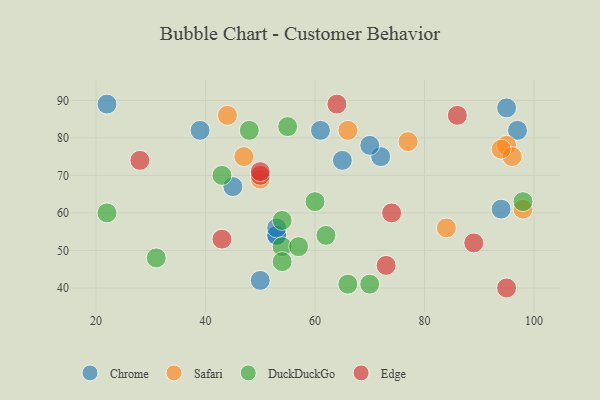
{"axis": {"x": "GDP", "y": "Life Expectancy"}, "legend": ["Chrome", "DuckDuckGo", "Edge", "Safari"], "data": [{"x": "53", "y": 54, "type": "Chrome"}, {"x": "39", "y": 82, "type": "Chrome"}, {"x": "72", "y": 75, "type": "Chrome"}, {"x": "65", "y": 74, "type": "Chrome"}, {"x": "94", "y": 61, "type": "Chrome"}, {"x": "22", "y": 89, "type": "Chrome"}, {"x": "61", "y": 82, "type": "Chrome"}, {"x": "70", "y": 78, "type": "Chrome"}, {"x": "53", "y": 54, "type": "Chrome"}, {"x": "97", "y": 82, "type": "Chrome"}, {"x": "45", "y": 67, "type": "Chrome"}, {"x": "50", "y": 42, "type": "Chrome"}, {"x": "53", "y": 56, "type": "Chrome"}, {"x": "95", "y": 88, "type": "Chrome"}, {"x": "84", "y": 56, "type": "Safari"}, {"x": "47", "y": 75, "type": "Safari"}, {"x": "98", "y": 61, "type": "Safari"}, {"x": "95", "y": 78, "type": "Safari"}, {"x": "77", "y": 79, "type": "Safari"}, {"x": "96", "y": 75, "type": "Safari"}, {"x": "44", "y": 86, "type": "Safari"}, {"x": "50", "y": 69, "type": "Safari"}, {"x": "94", "y": 77, "type": "Safari"}, {"x": "66", "y": 82, "type": "Safari"}, {"x": "22", "y": 60, "type": "DuckDuckGo"}, {"x": "48", "y": 82, "type": "DuckDuckGo"}, {"x": "98", "y": 63, "type": "DuckDuckGo"}, {"x": "54", "y": 51, "type": "DuckDuckGo"}, {"x": "62", "y": 54, "type": "DuckDuckGo"}, {"x": "66", "y": 41, "type": "DuckDuckGo"}, {"x": "55", "y": 83, "type": "DuckDuckGo"}, {"x": "60", "y": 63, "type": "DuckDuckGo"}, {"x": "57", "y": 51, "type": "DuckDuckGo"}, {"x": "70", "y": 41, "type": "DuckDuckGo"}, {"x": "54", "y": 47, "type": "DuckDuckGo"}, {"x": "31", "y": 48, "type": "DuckDuckGo"}, {"x": "43", "y": 70, "type": "DuckDuckGo"}, {"x": "54", "y": 58, "type": "DuckDuckGo"}, {"x": "50", "y": 70, "type": "Edge"}, {"x": "43", "y": 53, "type": "Edge"}, {"x": "73", "y": 46, "type": "Edge"}, {"x": "74", "y": 60, "type": "Edge"}, {"x": "86", "y": 86, "type": "Edge"}, {"x": "64", "y": 89, "type": "Edge"}, {"x": "95", "y": 40, "type": "Edge"}, {"x": "89", "y": 52, "type": "Edge"}, {"x": "28", "y": 74, "type": "Edge"}, {"x": "50", "y": 71, "type": "Edge"}]}